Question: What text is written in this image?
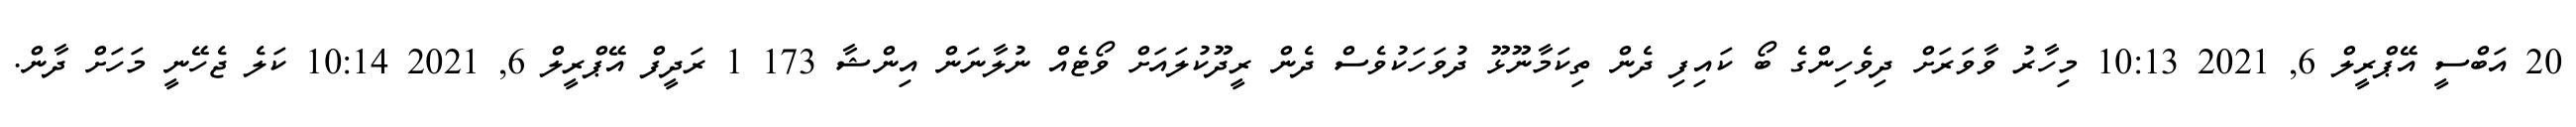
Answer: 20 އަބްސީ އޭޕްރީލް 6, 2021 10:13 މިހާރު ވާވަރަށް ދިވެހިންގެ ބޯ ކައިފި ދެން ތިކަމާނޫޅޫ ދުވަހަކުވެސް ދެން ރީދޫކުލައަށް ވޯޓެއް ނުލާނަން އިންޝާ 173 1 ރަދީފް އޭޕްރީލް 6, 2021 10:14 ކަލެ ޖެހޭނީ މަހަށް ދާން.